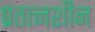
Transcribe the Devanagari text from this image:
प्रतत्नशीन